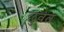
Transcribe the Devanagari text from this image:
छुवत